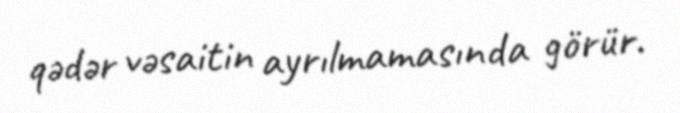
qədər vəsaitin ayrılmamasında görür.